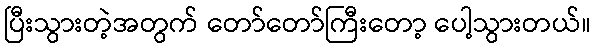
ပြီးသွားတဲ့အတွက် တော်တော်ကြီးတော့ ပေါ့သွားတယ်။